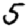
Digit: 5